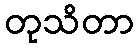
တုသိတာ